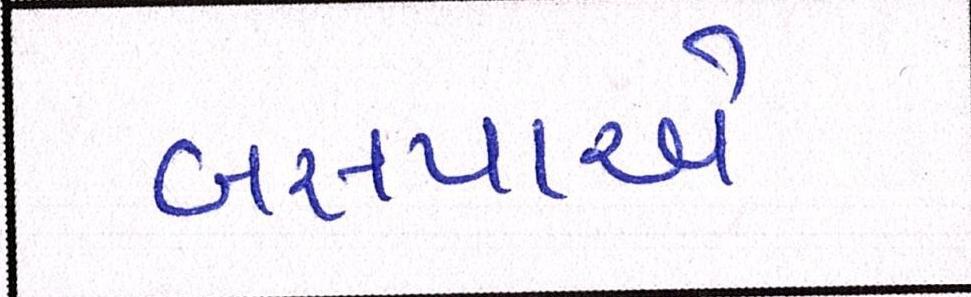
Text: બસપાએ